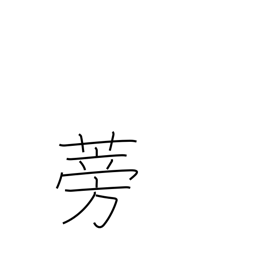
Meaning: burdock